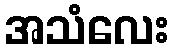
အသံလေး